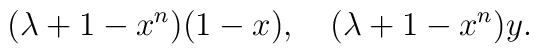
(\lambda +1 - x^n)(1-x), \quad (\lambda+1 -x^n)y.